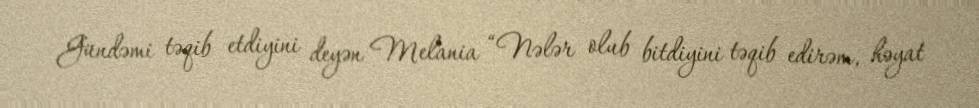
Gündəmi təqib etdiyini deyən Melania “Nələr olub bitdiyini təqib edirəm, həyat